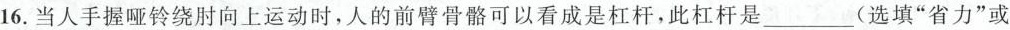
16.当人手握哑铃绕时向上运动时，人的前臂骨骼可以看成是杠杆，此杠杆是___(选填”省力”或